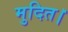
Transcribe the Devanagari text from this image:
मुदित।